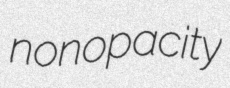
nonopacity